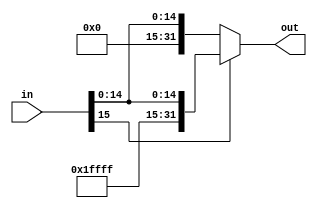
module SignExtend(
    //output
    output [31:0]out,
    //input
    input [15:0]in
);
assign out = (in[15])? {16'hFFFF, in}: {16'h0000, in};
endmodule